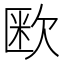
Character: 𭭏